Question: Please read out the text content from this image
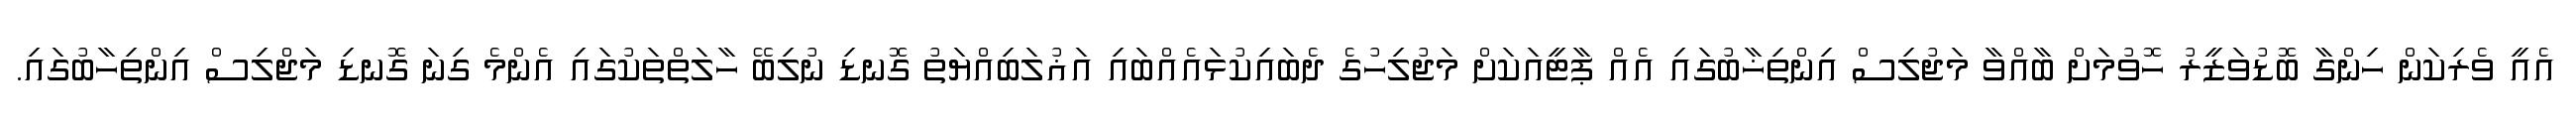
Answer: އެއީ ވެރިކަން ހިންގާ ބޮޑުވަޒީރު ހޮވުމަށް ބާއްވާ މަޖުލިސް އިންތިޚާބުގައި އެއް ޕާޓީއަކަށް މަޖުލިހުގެ ދެބައިކުޅައެއްބައި އަޣުލަބިއްޔަތު ގޮނޑި ނުލިބޭ ހާލަތްތަކުގައި އެންމެ ގިނަ ގޮނޑި މަޖްލިސް އިންތިހާބުގައި.